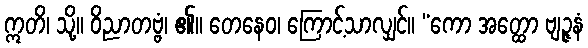
ဣတိ၊ သို့။ ဝိညာတဗ္ဗံ၊ ၏။ တေနေဝ၊ ကြောင့်သာလျှင်။ “ကော အတ္ထော ဗျဉ္ဇနံ